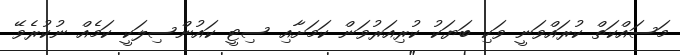
މަސައްކަތް ކުރައްވަނީ ވަކި ބަޔަކު ކުރިއަރުވަން ކަމަށާއި ސިޓީ ކައުންސިލަކީ ކަމެއް ނުކުރެވޭ